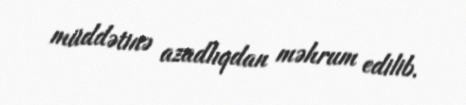
müddətinə azadlıqdan məhrum edilib.